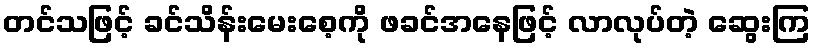
တင်သဖြင့် ခင်သိန်းမေးစေ့ကို ဖခင်အနေဖြင့် လာလုပ်တဲ့ ဆွေးကြ